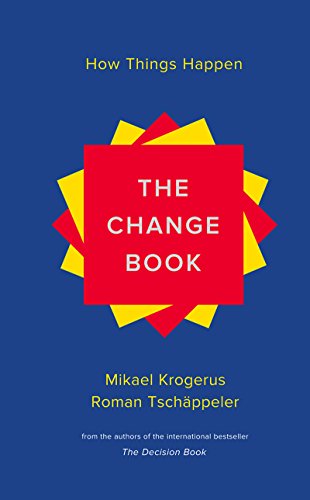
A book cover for The Change Book: How Things Happen; Mikael Krogerus; Science & Math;